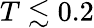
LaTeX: T\lesssim 0.2